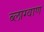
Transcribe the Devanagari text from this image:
ब्लाग्वाण